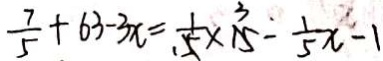
\frac { 7 } { 5 } + 6 3 - 3 x = \frac { 1 } { 5 } \times 1 5 - \frac { 1 } { 5 } x - 1